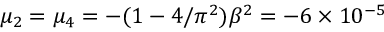
\mu _ { 2 } = \mu _ { 4 } = - ( 1 - 4 / \pi ^ { 2 } ) \beta ^ { 2 } = - 6 \times 1 0 ^ { - 5 }